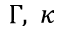
\Gamma , \; \kappa